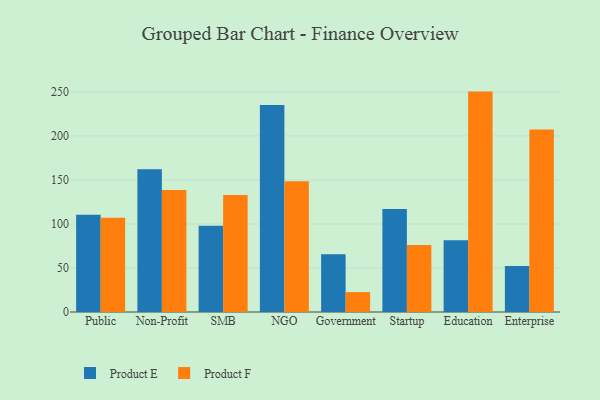
{"axis": {"x": "Segment", "y": "Backlog"}, "legend": ["Product E", "Product F"], "data": [{"x": "Public", "y": 110.4, "type": "Product E"}, {"x": "Public", "y": 107.1, "type": "Product F"}, {"x": "Non-Profit", "y": 162.3, "type": "Product E"}, {"x": "Non-Profit", "y": 138.6, "type": "Product F"}, {"x": "SMB", "y": 97.9, "type": "Product E"}, {"x": "SMB", "y": 132.9, "type": "Product F"}, {"x": "NGO", "y": 235.2, "type": "Product E"}, {"x": "NGO", "y": 148.5, "type": "Product F"}, {"x": "Government", "y": 65.6, "type": "Product E"}, {"x": "Government", "y": 22.6, "type": "Product F"}, {"x": "Startup", "y": 116.9, "type": "Product E"}, {"x": "Startup", "y": 76.1, "type": "Product F"}, {"x": "Education", "y": 81.5, "type": "Product E"}, {"x": "Education", "y": 250.4, "type": "Product F"}, {"x": "Enterprise", "y": 52.2, "type": "Product E"}, {"x": "Enterprise", "y": 207.3, "type": "Product F"}]}